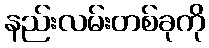
နည်းလမ်းတစ်ခုကို